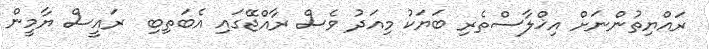
ރައްޔިތުންނަށް އިޚްލާސްތެރި ބަޔަކު މިއަދު ވެސް ރާއްޖޭގައި އެބަތިބި  ރައީސް ޔާމީން